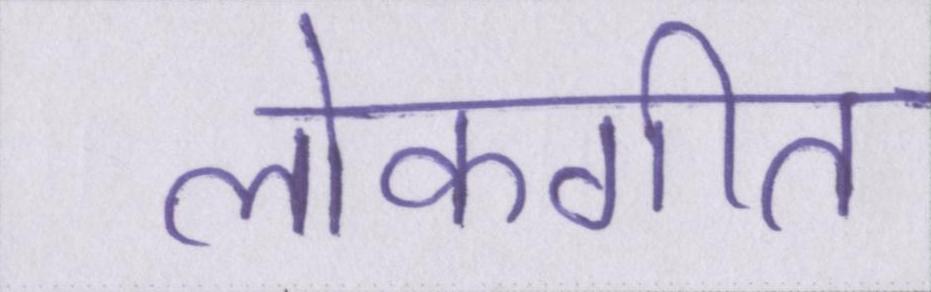
लोकगीत